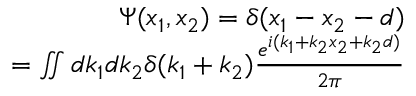
\begin{array} { r } { \Psi ( x _ { 1 } , x _ { 2 } ) = \delta ( x _ { 1 } - x _ { 2 } - d ) } \\ { = \iint d k _ { 1 } d k _ { 2 } \delta ( k _ { 1 } + k _ { 2 } ) \frac { e ^ { i ( k _ { 1 } + k _ { 2 } x _ { 2 } + k _ { 2 } d ) } } { 2 \pi } } \end{array}